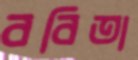
ববিতা